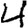
Digit: 4